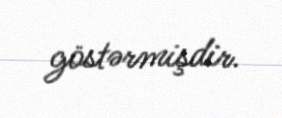
göstərmişdir.